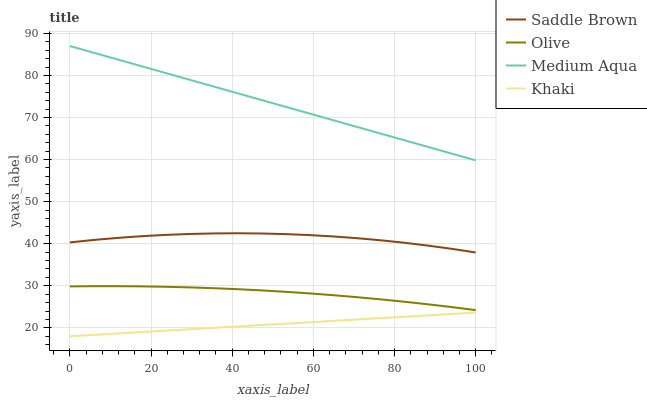
| xaxis_label | Saddle Brown | Olive | Medium Aqua | Khaki |
 | --- | --- | --- | --- | --- |
 | 0 | 40.3 | 29.9 | 87 | 18 |
 | 5.88 | 40.9 | 29.9 | 85.4 | 18.3 |
 | 11.8 | 41.4 | 29.9 | 83.8 | 18.7 |
 | 17.6 | 41.8 | 29.9 | 82.2 | 19 |
 | 23.5 | 42.1 | 29.8 | 80.6 | 19.3 |
 | 29.4 | 42.3 | 29.6 | 79 | 19.7 |
 | 35.3 | 42.4 | 29.4 | 77.4 | 20 |
 | 41.2 | 42.5 | 29.2 | 75.8 | 20.3 |
 | 47.1 | 42.4 | 28.9 | 74.2 | 20.6 |
 | 52.9 | 42.3 | 28.6 | 72.6 | 21 |
 | 58.8 | 42.1 | 28.2 | 71 | 21.3 |
 | 64.7 | 41.7 | 27.8 | 69.4 | 21.6 |
 | 70.6 | 41.3 | 27.3 | 67.8 | 22 |
 | 76.5 | 40.8 | 26.8 | 66.2 | 22.3 |
 | 82.4 | 40.2 | 26.2 | 64.6 | 22.6 |
 | 88.2 | 39.6 | 25.6 | 63 | 23 |
 | 94.1 | 38.8 | 24.9 | 61.4 | 23.3 |
 | 100 | 37.9 | 24.2 | 59.8 | 23.6 |